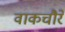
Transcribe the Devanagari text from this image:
वाकचौरे